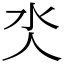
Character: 氼